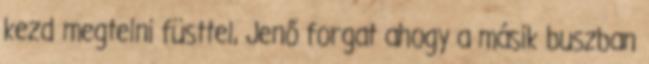
kezd megtelni füsttel, Jenő forgat ahogy a másik buszban